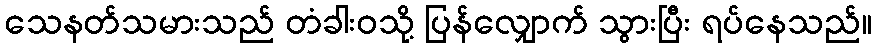
သေနတ်သမားသည် တံခါးဝသို့ ပြန်လျှောက် သွားပြီး ရပ်နေသည်။